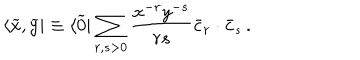
LaTeX: \langle \widetilde x , \widetilde y | \equiv \langle \widetilde 0 | \sum _ { r , s > 0 } { \frac { x ^ { - r } y ^ { - s } } { r s } } \bar { c } _ { r } \cdot \bar { c } _ { s } \, .